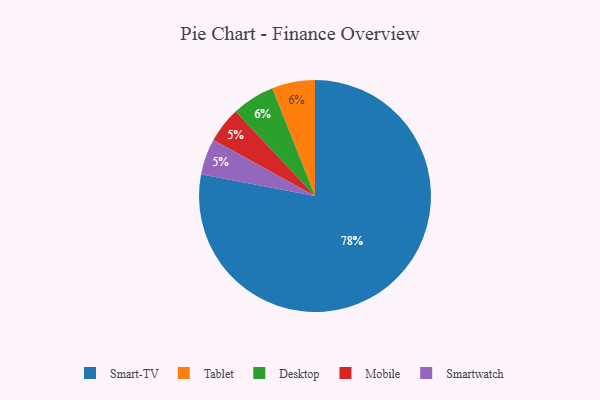
{"axis": {"x": "Category", "y": "Percentage"}, "legend": ["Desktop", "Mobile", "Smart-TV", "Smartwatch", "Tablet"], "data": [{"x": "Smart-TV", "y": 78, "type": "Smart-TV"}, {"x": "Tablet", "y": 6, "type": "Tablet"}, {"x": "Mobile", "y": 5, "type": "Mobile"}, {"x": "Desktop", "y": 6, "type": "Desktop"}, {"x": "Smartwatch", "y": 5, "type": "Smartwatch"}]}